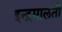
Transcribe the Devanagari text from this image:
इन्द्रमालती